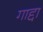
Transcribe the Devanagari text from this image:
गाद्दा